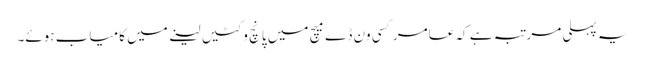
یہ پہلی مرتبہ ہے کہ عامر کسی ون ڈے میچ میں پانچ وکٹیں لینے میں کامیاب ہوئے۔